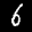
Label: 6